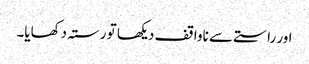
اور راستے سے ناواقف دیکھا تو رستہ دکھایا۔